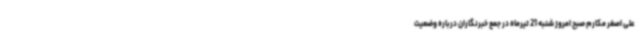
علی اصغر مکارم صبح امروز شنبه 21 تیرماه در جمع خبرنگاران درباره وضعیت